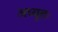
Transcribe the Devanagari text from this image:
अच्युतः